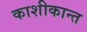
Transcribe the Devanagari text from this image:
काशीकान्त